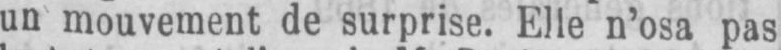
un mouvement de surprise. Elle n’osa pas